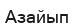
Азайып